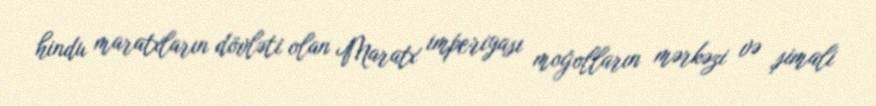
hindu maratxların dövləti olan Maratx imperiyası moğolların mərkəzi və şimali